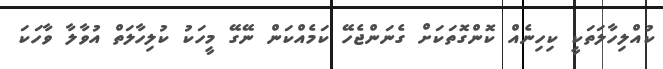
ކުއްލިހާލަތަކީ ކިހިނެއް ކޮންގޮތަކަށް ގެނަންޖެހޭ ކަމެއްކަން ނޭގޭ މީހަކު ކުލިހާލަތް އުވާލާ ވާހަކަ